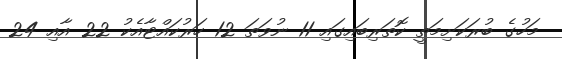
މަހުގެ ބުރަކަށިމަތީ ކޮތަރިބައިގައި 11 ނުވަތަ 12 ހަރުކައްޓާއެކު 22 އާއި 24